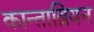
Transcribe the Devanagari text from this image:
कान्ताब्रियन